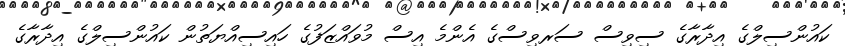
ކައުންސިލްގެ އިދާރާގެ ސިވިސް ސަރވިސްގެ އެންމެ އިސް މުވައްޒަފުގެ ހައިސިއްޔަތުން ކައުންސިލްގެ އިދާރާގެ